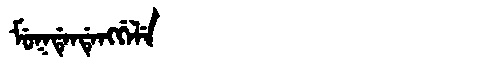
Manchu: ᠮᡠᡴᡩᡝᠨᡩᡝᠩᡤᡝᠯᡝ
Romanization: MUKDENDENGGELE